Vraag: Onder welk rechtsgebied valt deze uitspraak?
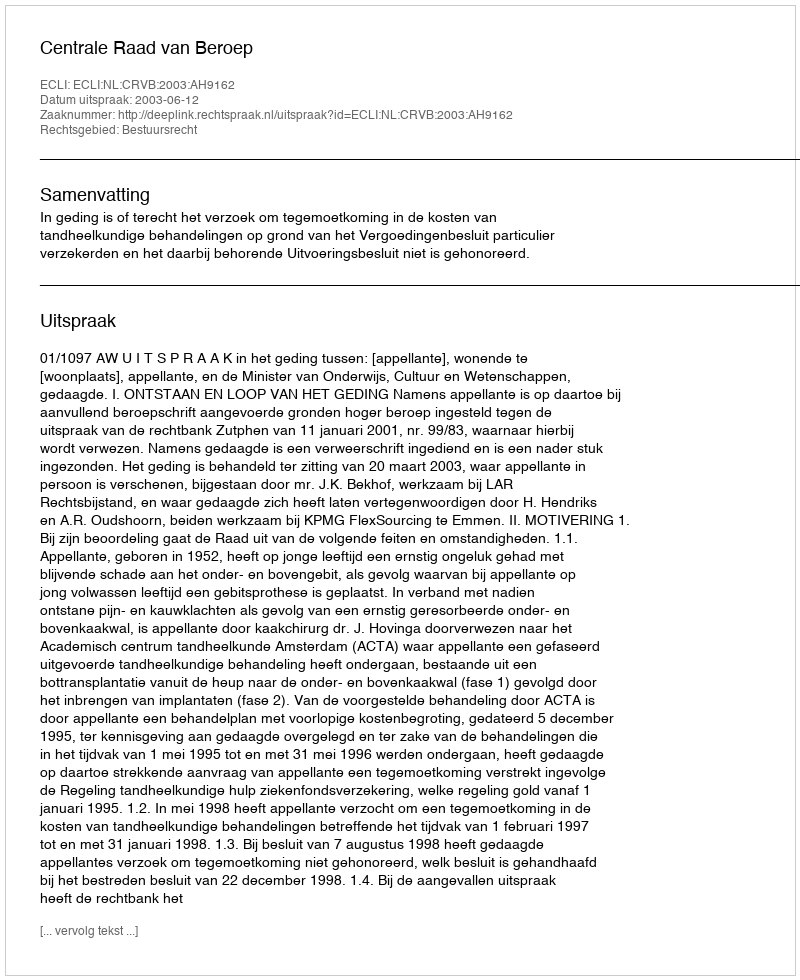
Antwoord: Bestuursrecht